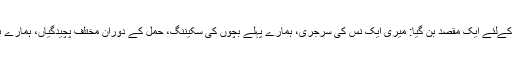
اس کے ساتھ ساتھ انہوں نے تمام ڈاکٹروں کے ، علاج کے اور ہسپتالوں کے بلز ادا کئے اور یہ ہمارے خاندان کےلئے ایک مقصد بن گیا: میری ایک نس کی سرجری، ہمارے پہلے بچوں کی سکیننگ، حمل کے دوران مختلف پچیدگیاں، ہمارے بچوں کی پیدائش، ناک کی سرجری جس سے میرا شوہر رات کو اچھی طرح سونے کے قابل ہوا، وغیرہ وغیرہ۔